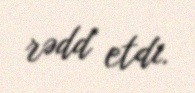
rədd etdi.